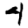
Digit: 4